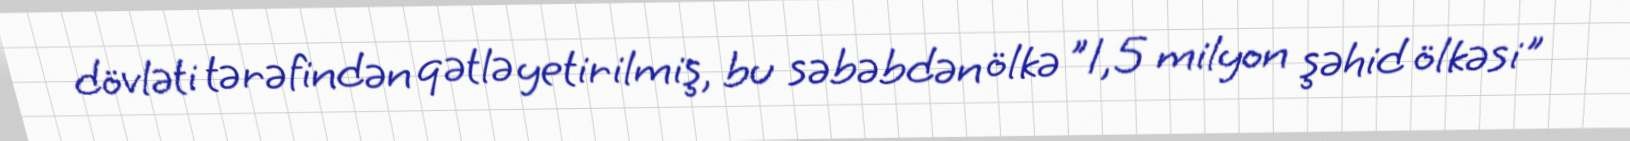
dövləti tərəfindən qətlə yetirilmiş, bu səbəbdən ölkə "1,5 milyon şəhid ölkəsi"